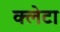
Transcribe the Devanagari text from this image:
क्लेटा